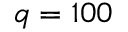
q = 1 0 0